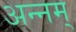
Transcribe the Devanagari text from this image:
अन्नम्